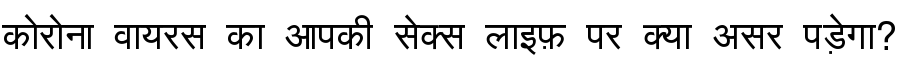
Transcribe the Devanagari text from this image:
कोरोना वायरस का आपकी सेक्स लाइफ़ पर क्या असर पड़ेगा?